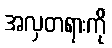
အလှတရားကို